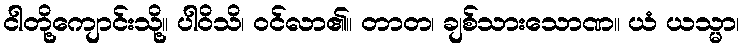
ငါတို့ကျောင်းသို့။ ပါဝိသိ၊ ဝင်လာ၏။ တာတ၊ ချစ်သားသောဏ။ ယံ ယသ္မာ၊